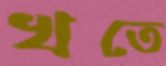
খতে